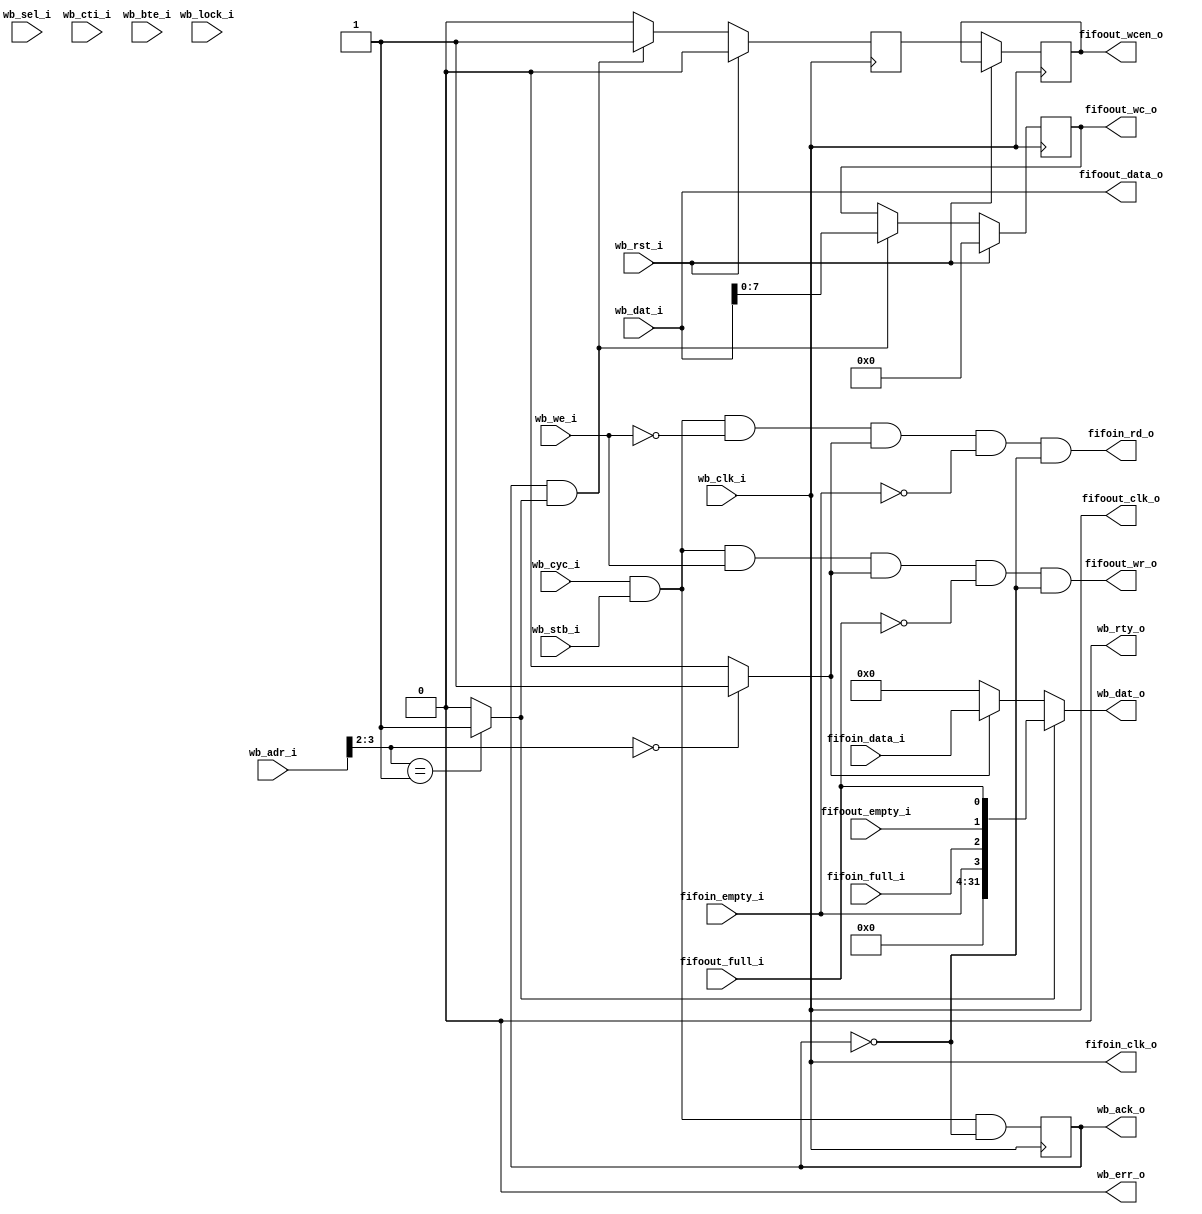
module wb2fifo(
	// FIFO to read from
	fifoin_data_i,
	fifoin_clk_o,
	fifoin_rd_o,
    fifoin_empty_i,
    fifoin_full_i,
    
	
	//FIFO to write to
	fifoout_data_o,
    fifoout_empty_i,
    fifoout_full_i,
	fifoout_clk_o,
	fifoout_wr_o,
    
    fifoout_wc_o,
    fifoout_wcen_o,


    // Wishbone interface
    wb_clk_i  ,
    wb_rst_i  ,
    wb_adr_i  ,
    wb_dat_i  ,
    wb_we_i   ,
    wb_cyc_i  ,
    wb_stb_i  ,
    wb_sel_i  ,
    wb_cti_i  ,
    wb_bte_i  ,
    wb_lock_i ,
    wb_dat_o  ,
    wb_ack_o  ,
    wb_err_o  ,
    wb_rty_o  	
	);


parameter FT_DATA_WIDTH = 32;
localparam WB_ADDR_BITS_USED = 2;

input               wb_clk_i;    
input               wb_rst_i;
input [31:0]        wb_adr_i;  
input [31:0]        wb_dat_i;
input               wb_we_i;   
input               wb_cyc_i;   
input               wb_stb_i;   
input [3:0]	        wb_sel_i;   
input [2:0]	        wb_cti_i;
input [1:0]	        wb_bte_i;
input               wb_lock_i;
output [31:0]       wb_dat_o;   
output reg          wb_ack_o;   
output              wb_err_o;   
output              wb_rty_o; 

input [FT_DATA_WIDTH-1:0]   fifoin_data_i;
output                      fifoin_clk_o;
output                      fifoin_rd_o;
input                       fifoin_empty_i, fifoin_full_i;


//FIFO to write to
output [FT_DATA_WIDTH-1:0]  fifoout_data_o;
input                      fifoout_empty_i, fifoout_full_i;
output                    fifoout_clk_o, fifoout_wr_o;
output reg[7:0]     fifoout_wc_o;
output reg             fifoout_wcen_o;

//-----------------------------------------------
assign wb_err_o = 1'b0;
assign wb_rty_o = 1'b0;

assign fifoin_clk_o = wb_clk_i;
assign fifoout_clk_o = wb_clk_i;

assign DATA_ADDR = (wb_adr == 0)?1'b1:1'b0;
assign STATUS_ADDR = (wb_adr == 1)?1'b1:1'b0;

reg wc_valid;

wire[31:0] status = {28'h0, fifoin_empty_i, fifoin_full_i, fifoout_empty_i, fifoout_full_i};

// generate wishbone signals
wire wb_wacc = wb_cyc_i & wb_stb_i & wb_we_i;
wire wb_racc = wb_cyc_i & wb_stb_i & ~wb_we_i;

wire [WB_ADDR_BITS_USED-1:0] wb_adr = wb_adr_i[2+WB_ADDR_BITS_USED:2];

// generate acknowledge output signal
always @(posedge wb_clk_i)
  wb_ack_o <= #1 wb_cyc_i & wb_stb_i & ~wb_ack_o; // because timing is always honored

// Read from FIFO
assign fifoin_rd_o = wb_racc & DATA_ADDR & ~fifoin_empty_i & ~wb_ack_o;
assign wb_dat_o = (STATUS_ADDR)?status:(DATA_ADDR)?fifoin_data_i:32'h0;


// Save to FIFO
assign fifoout_wr_o = wb_wacc & DATA_ADDR & ~fifoout_full_i & ~wb_ack_o;
assign fifoout_data_o = wb_dat_i;



always @(posedge wb_clk_i)
if (wb_rst_i) begin
    fifoout_wc_o <= 8'h0;
    wc_valid <= 1'b0;
    end
else begin
    fifoout_wcen_o <= wc_valid;  // we guaranty that 1 wb clock after the change it's already valid in wb clock domain.
    if (wb_ack_o & STATUS_ADDR) begin
        fifoout_wc_o <= wb_dat_i[7:0];
        wc_valid <= 1'b1;
        end
    else
        wc_valid <= 1'b0;
    end
   
 
    
endmodule